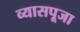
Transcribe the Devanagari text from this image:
व्यासपूजा